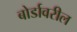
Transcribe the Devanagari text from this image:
बोर्डावरील